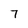
Character: 7